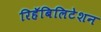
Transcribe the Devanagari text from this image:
रिहॅबिलिटेशन